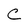
Character: C